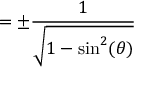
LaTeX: = \pm { \frac { 1 } { \sqrt { 1 - \sin ^ { 2 } ( \theta ) } } }